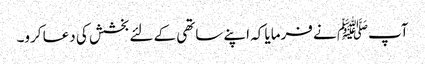
آپﷺ نے فرمایا کہ اپنے ساتھی کے لئے بخشش کی دعا کرو۔